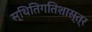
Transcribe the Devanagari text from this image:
स्थितिगतिशास्त्र